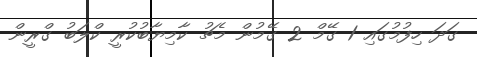
ގަދަ ހިފުމުގައި 1 ގޭމް 2 ގޭމުން މެޗު ކާމިޔާބުކުރީ ކްލަބު ގްރީން